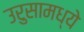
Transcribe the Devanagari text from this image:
उरुसामध्ये